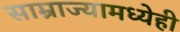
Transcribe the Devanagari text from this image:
साम्राज्यामध्येही